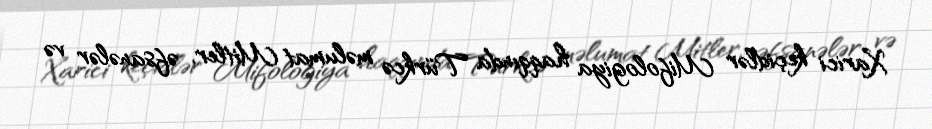
Xarici keçidlər Mifologiya haqqında Türkcə məlumat Mitler, əfsanələr və